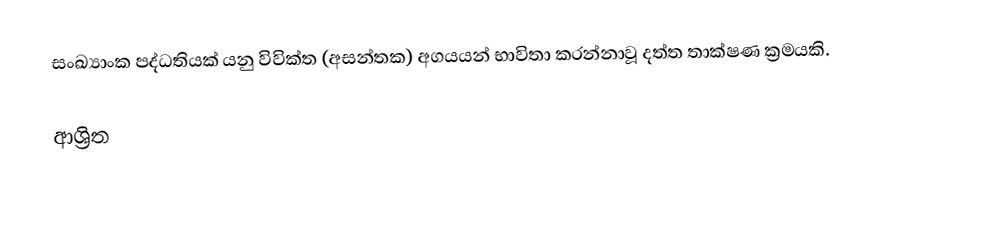
සංඛ්‍යාංක පද්ධතියක් යනු  විවික්ත (අසන්තක) අගයයන් භාවිතා කරන්නාවූ දත්ත තාක්ෂණ ක්‍රමයකි.

ආශ්‍රිත